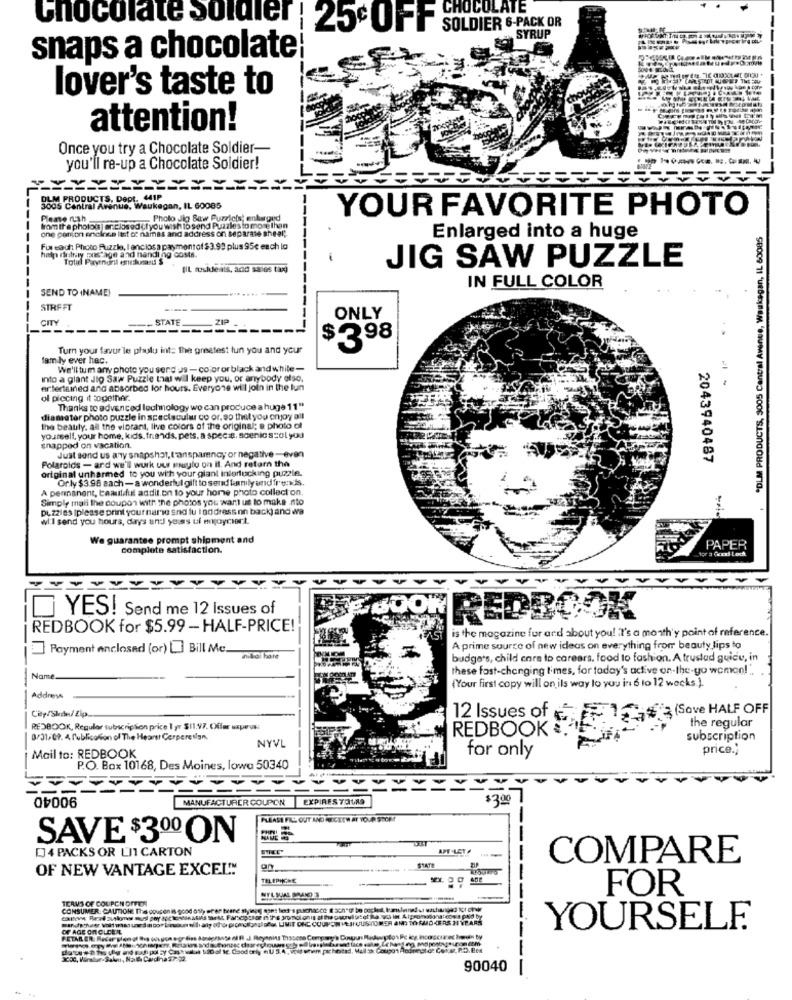
CHOCOLATE
Chocolate Soldier : 25 OFF
SOLDIER 6-PACK OR
SYRUP
snaps a chocolatei
lover's taste to
attention!
Once you try a Chocolate Soldier-
you'll re-up a Chocolate Soldier!
DLM PRODUCTS, Dept. 441P
3005 Central Avenue, Waukegan, IL 60085
YOUR FAVORITE PHOTO
Please rush
.Photo Jig Saw Purricts' enkaged
from the photo( enclosed ifyou wish to send Puzzles to more than
one person enclose list of names and address on separate sheal,
*DLM PRODUCTS, 3005 Central Avenue, Waukegan, IL 60085
Enlarged into a huge
Fun each Photo Puzzle, I enclose paymentof $ 3.99 plus 95e each lo
help dinny postage and handling costs.
Tolidl Payenurl enneked $
JIG SAW PUZZLE
(IL feskeals, and sales tax)
SEND TO INAME)
IN FULL COLOR
STRFFT
CITY
STATE
ONLY
-----
-------
--
Turn your favor le phulu int: the greatest lun you and your
$398
family ever hac.
We'll tum any photo you send us - cojor or black and white-
Into a giant Jig Saw Puzzle that wil keep you, or anybody ofso.
entertained and absorbed for hours. Everyone will join in the lun
- -
ol plecing it together.
Thanks to advanced loulmology wo can produce a huge 11"
diameter photo puzzle in spectacular co or. so that you enjoy all
the beauty. all the vibrant, live colors of the original; a photo of
yourself, your home, kids. frands, pets. a specie. scenic scol you
snapped on vacation.
Polaroids - and we'll wurk uur wayto on It. And return the
Just send us any snapshot, t'anspamenay or negative-even
2043940487
original unharmed to you with your giant inlerfucking puzzle.
Orly $3.98 each-a wonderful gift to send family and freds.
A permanent, beautiful addit on to your home photo collection.
Simply mali the coupon with the photos you want us to make .nto
puzzles Iplease print your name snd fu I address nn back) and wa
will send you hours, days and youss uf enjoyciert.
We guarantee prompt shipment and
complete satisfaction.
PAPER
YYYYYYYYYYYYYYY
YES! Send me 12 Issues of
REDBOOK
REDBOOK for $5.99- HALF-PRICE!
is the magazine fur and about you! it's a month'y point of reference.
Payment enclosed (or) [] Bill Me.
A prime source of new ideas on everything from beauty lips to
nikol hare
budge's, child enre to carears, food to fashion. A trustad guicu, in
these fost-changing I'mes, for today's adive on-the-go women !.
Name.
(Your first copy will on ils way lo you in 6 to 12 wecks )
Address
12 Issues of
(Sove HALF OFF
Cily/Skole/Zip ...
the regular
REDBOOK, Regular subscription price lyr $11,97. Ofiar xpres:
REDBOOK .
0/31/09. 4 Publication of The Hearst Corperetlan,
subscription
NYVL
price.)
Mail to: REDBOOK
for only
P.O. Box 10168, Des Moines, lowa 50340
90040
MANUFACTURER COUPON
EXPIRES TOURS
$300
PLEASE FILL OUT AND JUICETW AT YOUR SICH
SAVE $3ººON
[]4 PACKS OR LI1 CARTON
APT -LET F
COMPARE
OF NEW VANTAGE EXCEL !!
TELEPHONE
FOR
TERUS OF COUPON OFFER
CONSUMER. CAUTION The coupon ins good ovy
TH CUSTOMER AND TO SMOKERS 31 YEARS
OF AGE ONCLEEL
YOURSELF
Aptos Pc key incascinechouin by
90040
---------